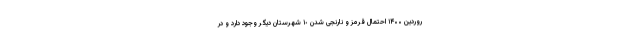
روردین ۱۴۰۰ احتمال قرمز و نارنجی شدن ١٠ شهرستان دیگر وجود دارد و در